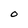
Character: O